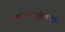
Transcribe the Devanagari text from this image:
काकासाहेब१७